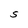
Character: S